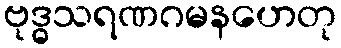
ဗုဒ္ဓသရဏဂမနဟေတု